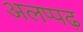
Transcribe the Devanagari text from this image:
अलप्पढ़